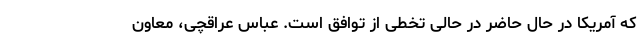
که آمریکا در حال حاضر در حالی تخطی از توافق است. عباس عراقچی، معاون